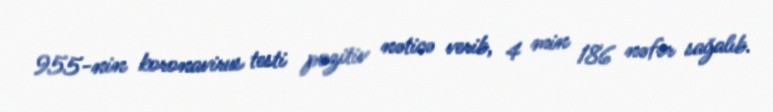
955-nin koronavirus testi pozitiv nəticə verib, 4 min 186 nəfər sağalıb.